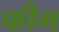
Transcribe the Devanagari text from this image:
फीग